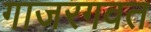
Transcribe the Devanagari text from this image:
गाजरगवत